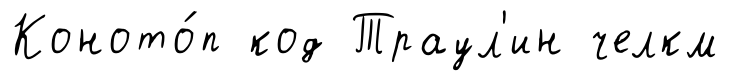
Коното́п код Траул'ин челкм